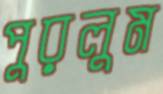
পুরলুম